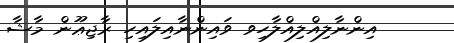
އިންނާލިއްލިއްލާހިވ ވައިންނާއިލައިހި ރާޖިޢޫން މާޝާ